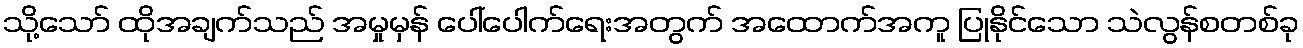
သို့သော် ထိုအချက်သည် အမှုမှန် ပေါ်ပေါက်ရေးအတွက် အထောက်အကူ ပြုနိုင်သော သဲလွန်စတစ်ခု